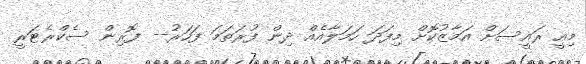
މިއީ ރައީސަށް އަމާޒުކޮށް މިފަދަ ހަމަލާއެއް ދިން ފުރަތަމަ ފަހަރު-- ފޮރިން ސެކްރެޓަރީ